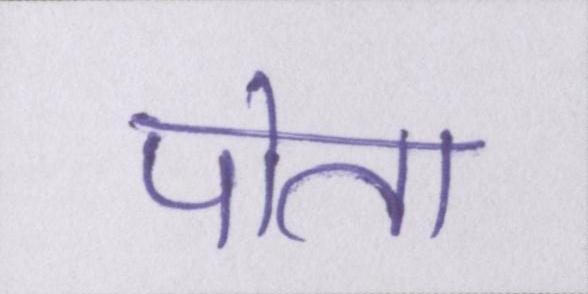
पोता